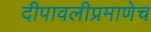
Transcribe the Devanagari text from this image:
दीपावलीप्रमाणेच